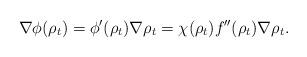
LaTeX: \begin{align*} \nabla \phi(\rho_t) = \phi'(\rho_t)\nabla \rho_t = \chi(\rho_t) f''(\rho_t)\nabla \rho_t.\end{align*}